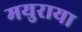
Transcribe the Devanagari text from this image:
मयुराया